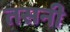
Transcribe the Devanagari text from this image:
तसनी